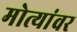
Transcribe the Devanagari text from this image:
मोत्यांवर